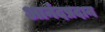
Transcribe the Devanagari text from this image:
आनंदप्रदान